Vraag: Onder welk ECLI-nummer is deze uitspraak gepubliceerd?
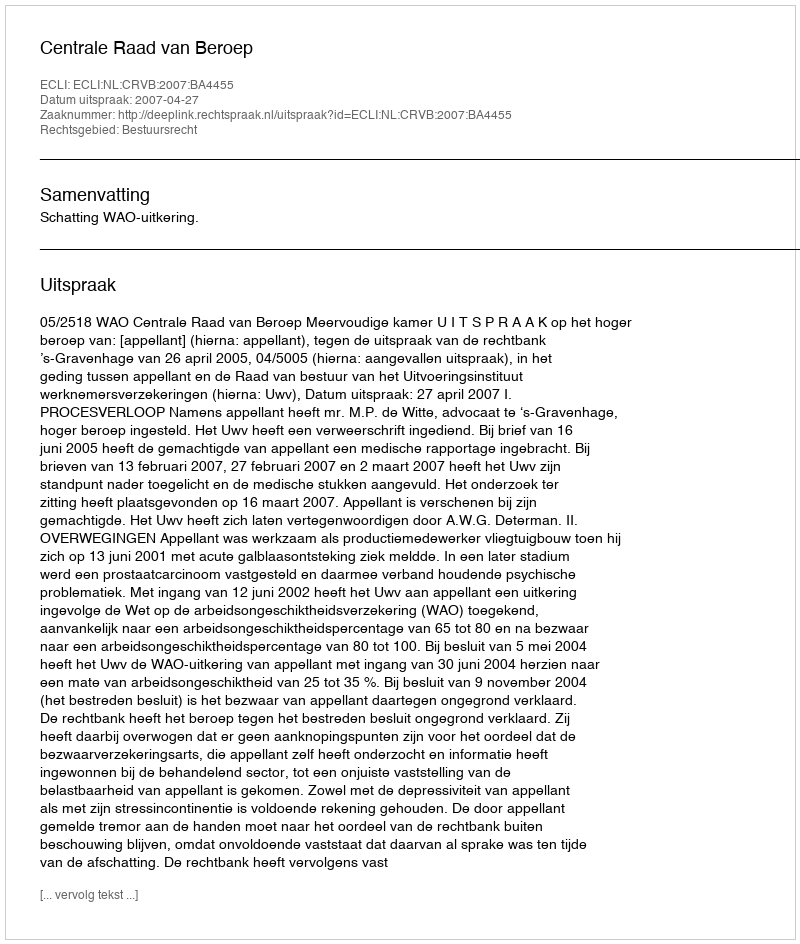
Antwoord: ECLI:NL:CRVB:2007:BA4455